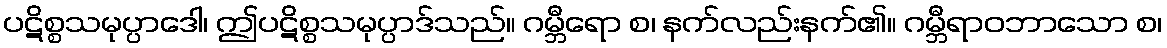
ပဋိစ္စသမုပ္ပာဒေါ၊ ဤပဋိစ္စသမုပ္ပာဒ်သည်။ ဂမ္ဘီရော စ၊ နက်လည်းနက်၏။ ဂမ္ဘီရာဝဘာသော စ၊